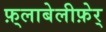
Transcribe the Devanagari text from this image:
फ़्लाबेलीफ़ेर्